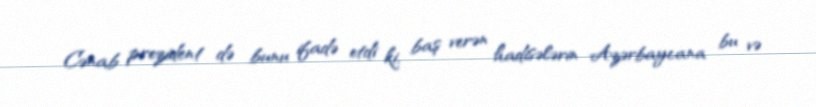
Cənab prezident də bunu ifadə etdi ki, baş verən hadisələrin Azərbaycana bu və